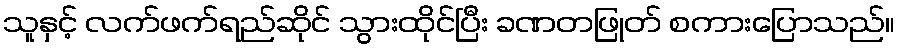
သူနှင့် လက်ဖက်ရည်ဆိုင် သွားထိုင်ပြီး ခဏတဖြုတ် စကားပြောသည်။